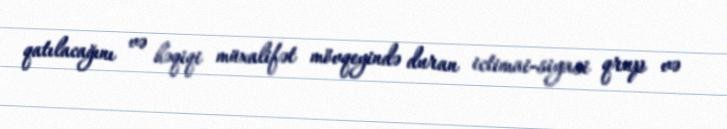
qatılacağını və həqiqi müxalifət mövqeyində duran ictimai-siyasi qrup və